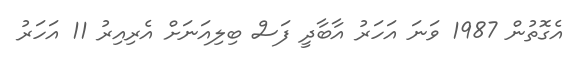
އެގޮތުން 1987 ވަނަ އަހަރު އާބާދީ ފަސް ބިލިއަނަށް އެރިއިރު 11 އަހަރު